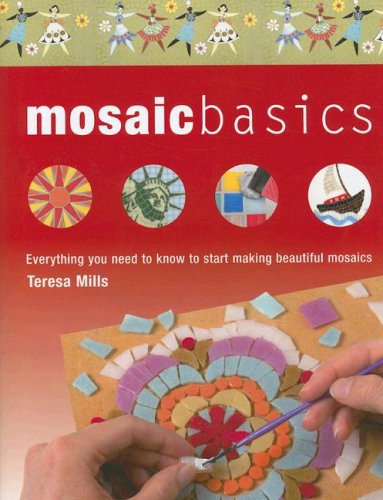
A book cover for Mosaic Basics: Everything You Need to Know to Start Making Beautiful Mosaics; Teresa Mills; Crafts, Hobbies & Home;